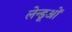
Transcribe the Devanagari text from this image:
लेन्डूओं